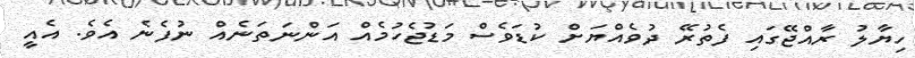
ހިޔާލު ރާއްޖޭގައި ފެތުރޭ ދުވެއްޔަށް ކުޑަވެސް މަޑުޖެހުމެއް އަންނަތަނެއް ނުފެނެ އެވެ. އެއީ